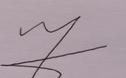
Signature authenticity: forged